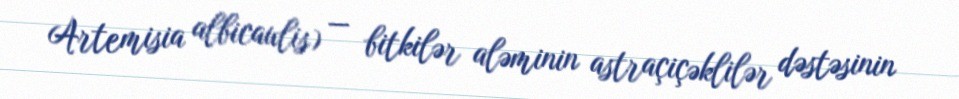
Artemisia albicaulis) — bitkilər aləminin astraçiçəklilər dəstəsinin